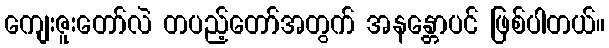
ကျေးဇူးတော်လဲ တပည့်တော်အတွက် အနန္တောပင် ဖြစ်ပါတယ်။